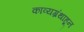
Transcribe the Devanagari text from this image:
काव्यग्रंथाहून